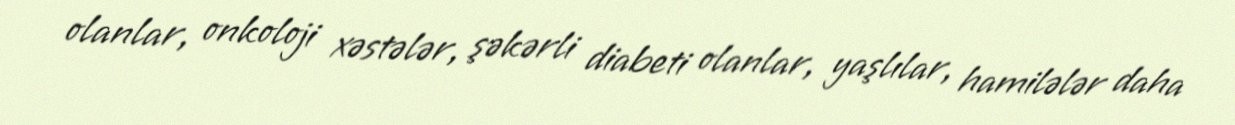
olanlar, onkoloji xəstələr, şəkərli diabeti olanlar, yaşlılar, hamilələr daha